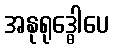
အနုရုဒ္ဓေါပေ